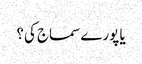
یا پورے سماج کی؟